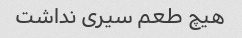
هیچ طعم سیری نداشت